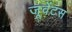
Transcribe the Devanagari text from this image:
जूवेंटस